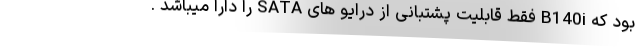
بود که B140i فقط قابلیت پشتبانی از درایو های SATA را دارا میباشد .